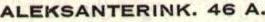
ALEKSANTERINK. 46 A.